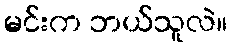
မင်းက ဘယ်သူလဲ။